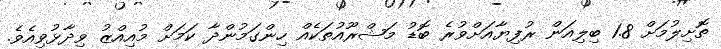
ތޮށިލުމަށް 1.8 ބިލިއަން ރުފިޔާއަށްވުރެ ބޮޑު މަޝްރޫއުތަކެއް ހިންގަމުންދާ ކަމަށް މުއިއްޒު ވިދާޅުވިއެވެ.